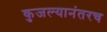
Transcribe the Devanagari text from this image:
कुजल्यानंतरच